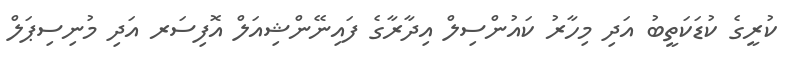
ކުރީގެ ކުޑަކަތީބު އަދި މިހާރު ކައުންސިލް އިދާރާގެ ފައިނޭންޝިއަލް އޮފިސަރ އަދި މުނިސިޕަލް